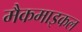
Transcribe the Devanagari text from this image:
मैकमाइकल